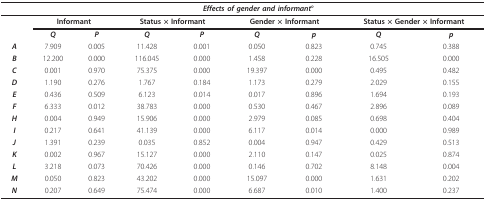
<table><thead><tr><td></td><td colspan="8"><b><i>Effects of gender and informant</i>°</b></td></tr></thead><tbody><tr><td></td><td colspan="2"><b>Informant</b></td><td colspan="2"><b>Status × Informant</b></td><td colspan="2"><b>Gender × Informant</b></td><td colspan="2"><b>Status × Gender × Informant</b></td></tr><tr><td></td><td><b><i>Q</i></b></td><td><b><i>P</i></b></td><td><b><i>Q</i></b></td><td><b><i>P</i></b></td><td><b><i>Q</i></b></td><td><b><i>p</i></b></td><td><b><i>Q</i></b></td><td><b><i>p</i></b></td></tr><tr><td><b><i>A</i></b></td><td>7.909</td><td>0.005</td><td>11.428</td><td>0.001</td><td>0.050</td><td>0.823</td><td>0.745</td><td>0.388</td></tr><tr><td><b><i>B</i></b></td><td>12.200</td><td>0.000</td><td>116.045</td><td>0.000</td><td>1.458</td><td>0.228</td><td>16.505</td><td>0.000</td></tr><tr><td><b><i>C</i></b></td><td>0.001</td><td>0.970</td><td>75.375</td><td>0.000</td><td>19.397</td><td>0.000</td><td>0.495</td><td>0.482</td></tr><tr><td><b><i>D</i></b></td><td>1.190</td><td>0.276</td><td>1.767</td><td>0.184</td><td>1.173</td><td>0.279</td><td>2.029</td><td>0.155</td></tr><tr><td><b><i>E</i></b></td><td>0.436</td><td>0.509</td><td>6.123</td><td>0.014</td><td>0.017</td><td>0.896</td><td>1.694</td><td>0.193</td></tr><tr><td><b><i>F</i></b></td><td>6.333</td><td>0.012</td><td>38.783</td><td>0.000</td><td>0.530</td><td>0.467</td><td>2.896</td><td>0.089</td></tr><tr><td><b><i>H</i></b></td><td>0.004</td><td>0.949</td><td>15.906</td><td>0.000</td><td>2.979</td><td>0.085</td><td>0.698</td><td>0.404</td></tr><tr><td><b><i>I</i></b></td><td>0.217</td><td>0.641</td><td>41.139</td><td>0.000</td><td>6.117</td><td>0.014</td><td>0.000</td><td>0.989</td></tr><tr><td><b><i>J</i></b></td><td>1.391</td><td>0.239</td><td>0.035</td><td>0.852</td><td>0.004</td><td>0.947</td><td>0.429</td><td>0.513</td></tr><tr><td><b><i>K</i></b></td><td>0.002</td><td>0.967</td><td>15.127</td><td>0.000</td><td>2.110</td><td>0.147</td><td>0.025</td><td>0.874</td></tr><tr><td><b><i>L</i></b></td><td>3.218</td><td>0.073</td><td>70.426</td><td>0.000</td><td>0.146</td><td>0.702</td><td>8.148</td><td>0.004</td></tr><tr><td><b><i>M</i></b></td><td>0.050</td><td>0.823</td><td>43.202</td><td>0.000</td><td>15.097</td><td>0.000</td><td>1.631</td><td>0.202</td></tr><tr><td><b><i>N</i></b></td><td>0.207</td><td>0.649</td><td>75.474</td><td>0.000</td><td>6.687</td><td>0.010</td><td>1.400</td><td>0.237</td></tr></tbody></table>